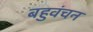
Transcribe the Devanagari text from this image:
बहुवंचन